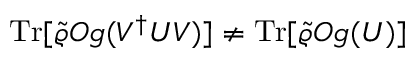
\mathrm { T r } [ \tilde { \varrho } { \cal O } g ( V ^ { \dagger } U V ) ] \ne \mathrm { T r } [ \tilde { \varrho } { \cal O } g ( U ) ]